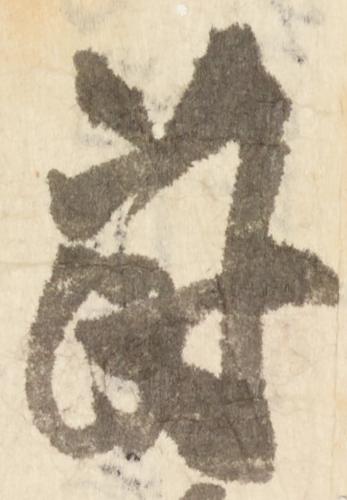
蒔